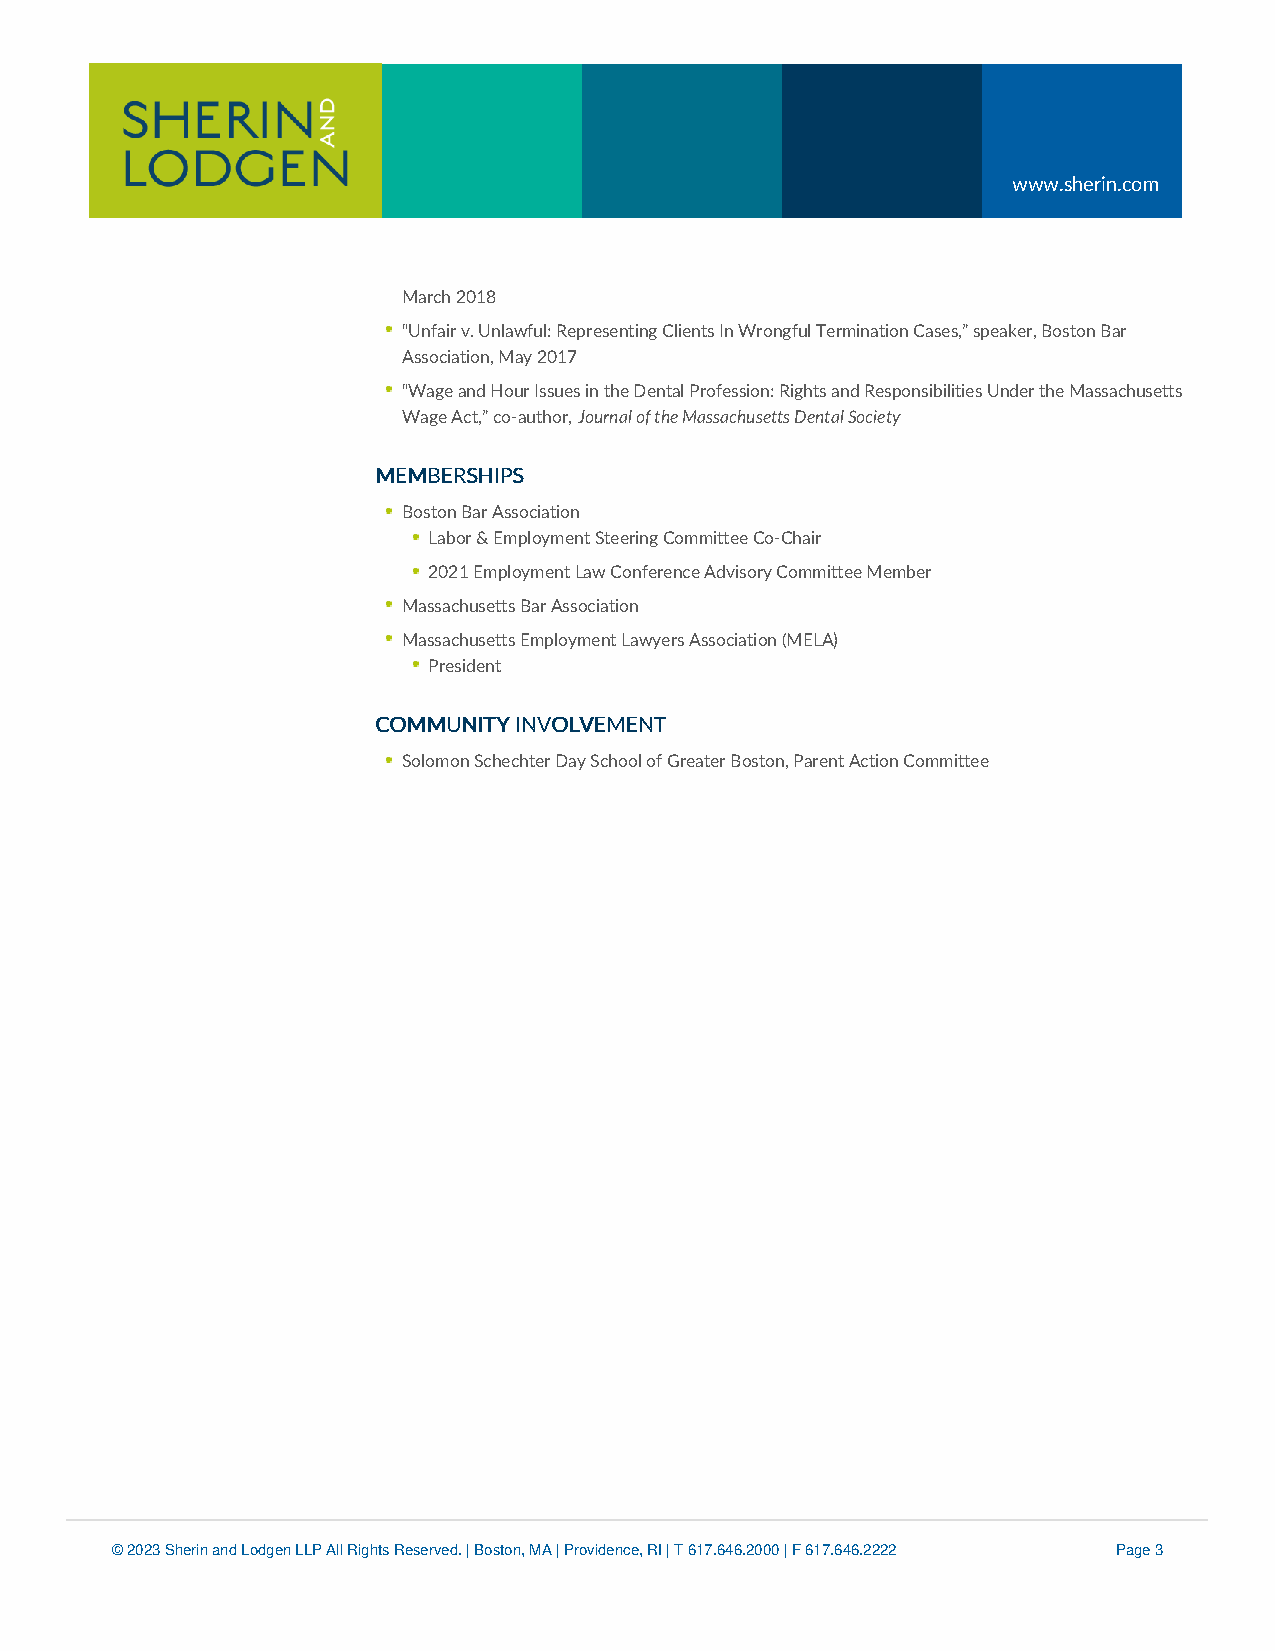
www.sherin.com
 March 2018
 “Unfair v. Unlawful: Representing Clients In Wrongful Termination Cases,” speaker, Boston Bar
 Association, May 2017
 “Wage and Hour Issues in the Dental Profession: Rights and Responsibilities Under the Massachusetts
 Wage Act,” co-author, Journal of the Massachusetts Dental Society
 MMEEMMBBEERRSSHHIIPPSS
 Boston Bar Association
 Labor & Employment Steering Committee Co-Chair
 2021 Employment Law Conference Advisory Committee Member
 Massachusetts Bar Association
 Massachusetts Employment Lawyers Association (MELA)
 President
 CCOOMMMMUUNNIITTYY IINNVVOOLLVVEEMMEENNTT
 Solomon Schechter Day School of Greater Boston, Parent Action Committee
 © 2023 Sherin and Lodgen LLP All Rights Reserved. | Boston, MA | Providence, RI | T 617.646.2000 | F 617.646.2222 Page 3